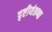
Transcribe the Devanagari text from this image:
दृष्टीयंत्रणा